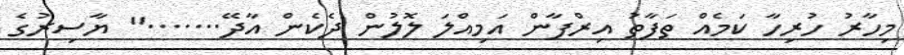
މިހާރު ހުރިހާ ކަމެއް ތަފާތު އިރްފާން އަމިއްލަ ލޮލުން ދެކެން އާދޭ......." ޔާސިރުގެ